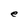
Character: e